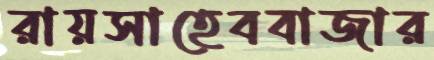
রায়সাহেববাজার